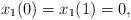
LaTeX: \begin{align*}{x_1}(0) = {x_1}(1) = 0,\end{align*}